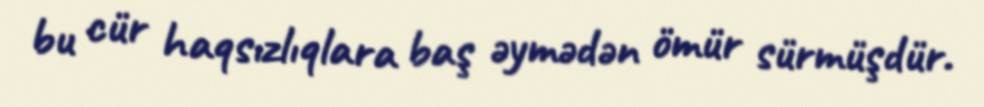
bu cür haqsızlıqlara baş əymədən ömür sürmüşdür.